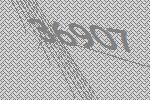
36907